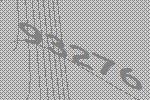
93276